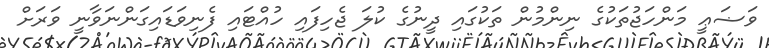
ވަޟަޢީ މަންހަޖުތަކުގެ ނިންމުން ތަކުގައި ދީނުގެ ކުލަ ޖެހިފައި ހުއްޓައި ފެނިވަޑައިގަންނަވާނީ ވަރަށް